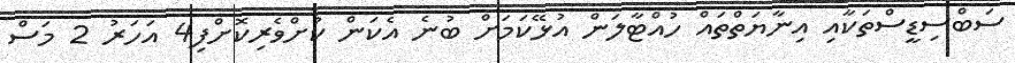
ސަބްސިޑީސްތަކާއި އިނާޔަތްތައް ހުއްޓާލަން އުޅޭކަމަށް ބުނެ އެކަން ކުށްވެރިކޮށްފި4 އަހަރު 2 މަސް